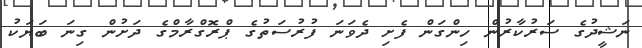
ނަޝީދުގެ ސަރުކާރުން ހިންގަން ފެށި ދެވަނަ ފުރުސަތުގެ ޕްރޮގްރާމްގެ ދަށުން ގިނަ ބަޔަކު